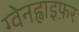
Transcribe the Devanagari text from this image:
ग्वेनह्वाइफ़र